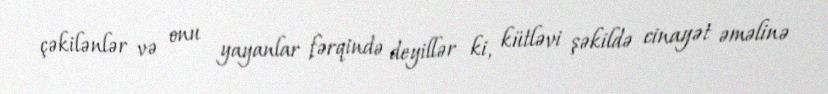
çəkilənlər və onu yayanlar fərqində deyillər ki, kütləvi şəkildə cinayət əməlinə